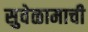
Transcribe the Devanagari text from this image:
सुवेळामाची